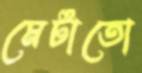
মেটাতো